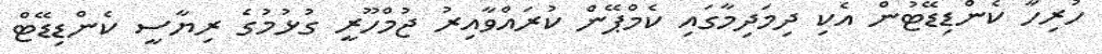
ހުރިހާ ކެންޑިޑޭޓުން އެކި ދިމަދިމާގައި ކެމްޕޭން ކުރައްވާއިރު ޖުމްހޫރީ ގުޅުމުގެ ރިޔާސީ ކެންޑިޑޭޓް